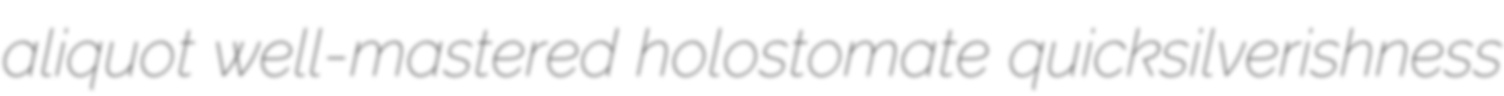
aliquot well-mastered holostomate quicksilverishness